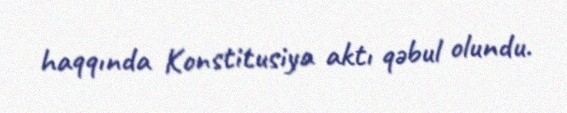
haqqında Konstitusiya aktı qəbul olundu.